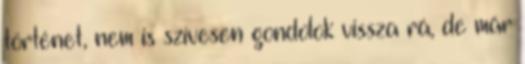
történet, nem is szívesen gondolok vissza rá, de már